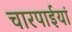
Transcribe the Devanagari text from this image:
चारपाईयां